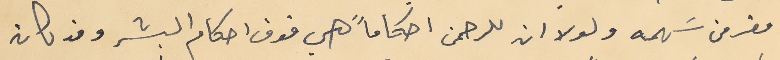
مفر من سَهمه ولولا ان للرحمن احكاماً هي فوق احكام البشر وقد كان